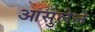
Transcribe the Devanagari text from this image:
आसुलेले